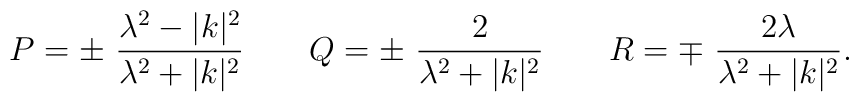
P=\pm\ {\lambda^2 -|k|^2\over \lambda^2 +|k|^2} \qquad Q =\pm\ {2\over \lambda^2 +|k|^2}\qquad R=\mp\ {2\lambda\over \lambda^2 +|k|^2}.